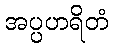
အပ္ပဟရိတံ